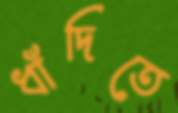
ধাঁদিতে